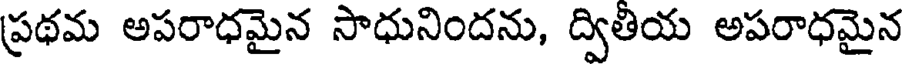
ప్రథమ అపరాధమైన సాధునిందను, ద్వితియ అపరాధమైన